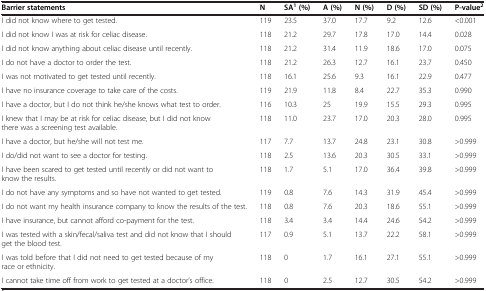
<table><thead><tr><td><b>Barrier statements</b></td><td><b>N</b></td><td><b>SA<sup>1</sup>(%)</b></td><td><b>A (%)</b></td><td><b>N (%)</b></td><td><b>D (%)</b></td><td><b>SD (%)</b></td><td><b>P-value<sup>2</sup></b></td></tr></thead><tbody><tr><td>I did not know where to get tested.</td><td>119</td><td>23.5</td><td>37.0</td><td>17.7</td><td>9.2</td><td>12.6</td><td>&lt;0.001</td></tr><tr><td>I did not know I was at risk for celiac disease.</td><td>118</td><td>21.2</td><td>29.7</td><td>17.8</td><td>17.0</td><td>14.4</td><td>0.028</td></tr><tr><td>I did not know anything about celiac disease until recently.</td><td>118</td><td>21.2</td><td>31.4</td><td>11.9</td><td>18.6</td><td>17.0</td><td>0.075</td></tr><tr><td>I do not have a doctor to order the test.</td><td>118</td><td>21.2</td><td>26.3</td><td>12.7</td><td>16.1</td><td>23.7</td><td>0.450</td></tr><tr><td>I was not motivated to get tested until recently.</td><td>118</td><td>16.1</td><td>25.6</td><td>9.3</td><td>16.1</td><td>22.9</td><td>0.477</td></tr><tr><td>I have no insurance coverage to take care of the costs.</td><td>119</td><td>21.9</td><td>11.8</td><td>8.4</td><td>22.7</td><td>35.3</td><td>0.990</td></tr><tr><td>I have a doctor, but I do not think he/she knows what test to order.</td><td>116</td><td>10.3</td><td>25</td><td>19.9</td><td>15.5</td><td>29.3</td><td>0.995</td></tr><tr><td>I knew that I may be at risk for celiac disease, but I did not know there was a screening test available.</td><td>118</td><td>11.0</td><td>23.7</td><td>17.0</td><td>20.3</td><td>28.0</td><td>0.995</td></tr><tr><td>I have a doctor, but he/she will not test me.</td><td>117</td><td>7.7</td><td>13.7</td><td>24.8</td><td>23.1</td><td>30.8</td><td>&gt;0.999</td></tr><tr><td>I do/did not want to see a doctor for testing.</td><td>118</td><td>2.5</td><td>13.6</td><td>20.3</td><td>30.5</td><td>33.1</td><td>&gt;0.999</td></tr><tr><td>I have been scared to get tested until recently or did not want to know the results.</td><td>118</td><td>1.7</td><td>5.1</td><td>17.0</td><td>36.4</td><td>39.8</td><td>&gt;0.999</td></tr><tr><td>I do not have any symptoms and so have not wanted to get tested.</td><td>119</td><td>0.8</td><td>7.6</td><td>14.3</td><td>31.9</td><td>45.4</td><td>&gt;0.999</td></tr><tr><td>I do not want my health insurance company to know the results of the test.</td><td>118</td><td>0.8</td><td>7.6</td><td>20.3</td><td>18.6</td><td>55.1</td><td>&gt;0.999</td></tr><tr><td>I have insurance, but cannot afford co-payment for the test.</td><td>118</td><td>3.4</td><td>3.4</td><td>14.4</td><td>24.6</td><td>54.2</td><td>&gt;0.999</td></tr><tr><td>I was tested with a skin/fecal/saliva test and did not know that I should get the blood test.</td><td>117</td><td>0.9</td><td>5.1</td><td>13.7</td><td>22.2</td><td>58.1</td><td>&gt;0.999</td></tr><tr><td>I was told before that I did not need to get tested because of my race or ethnicity.</td><td>118</td><td>0</td><td>1.7</td><td>16.1</td><td>27.1</td><td>55.1</td><td>&gt;0.999</td></tr><tr><td>I cannot take time off from work to get tested at a doctor’s office.</td><td>118</td><td>0</td><td>2.5</td><td>12.7</td><td>30.5</td><td>54.2</td><td>&gt;0.999</td></tr></tbody></table>